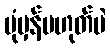
ပုံမှန်မဟုတ်ပဲ